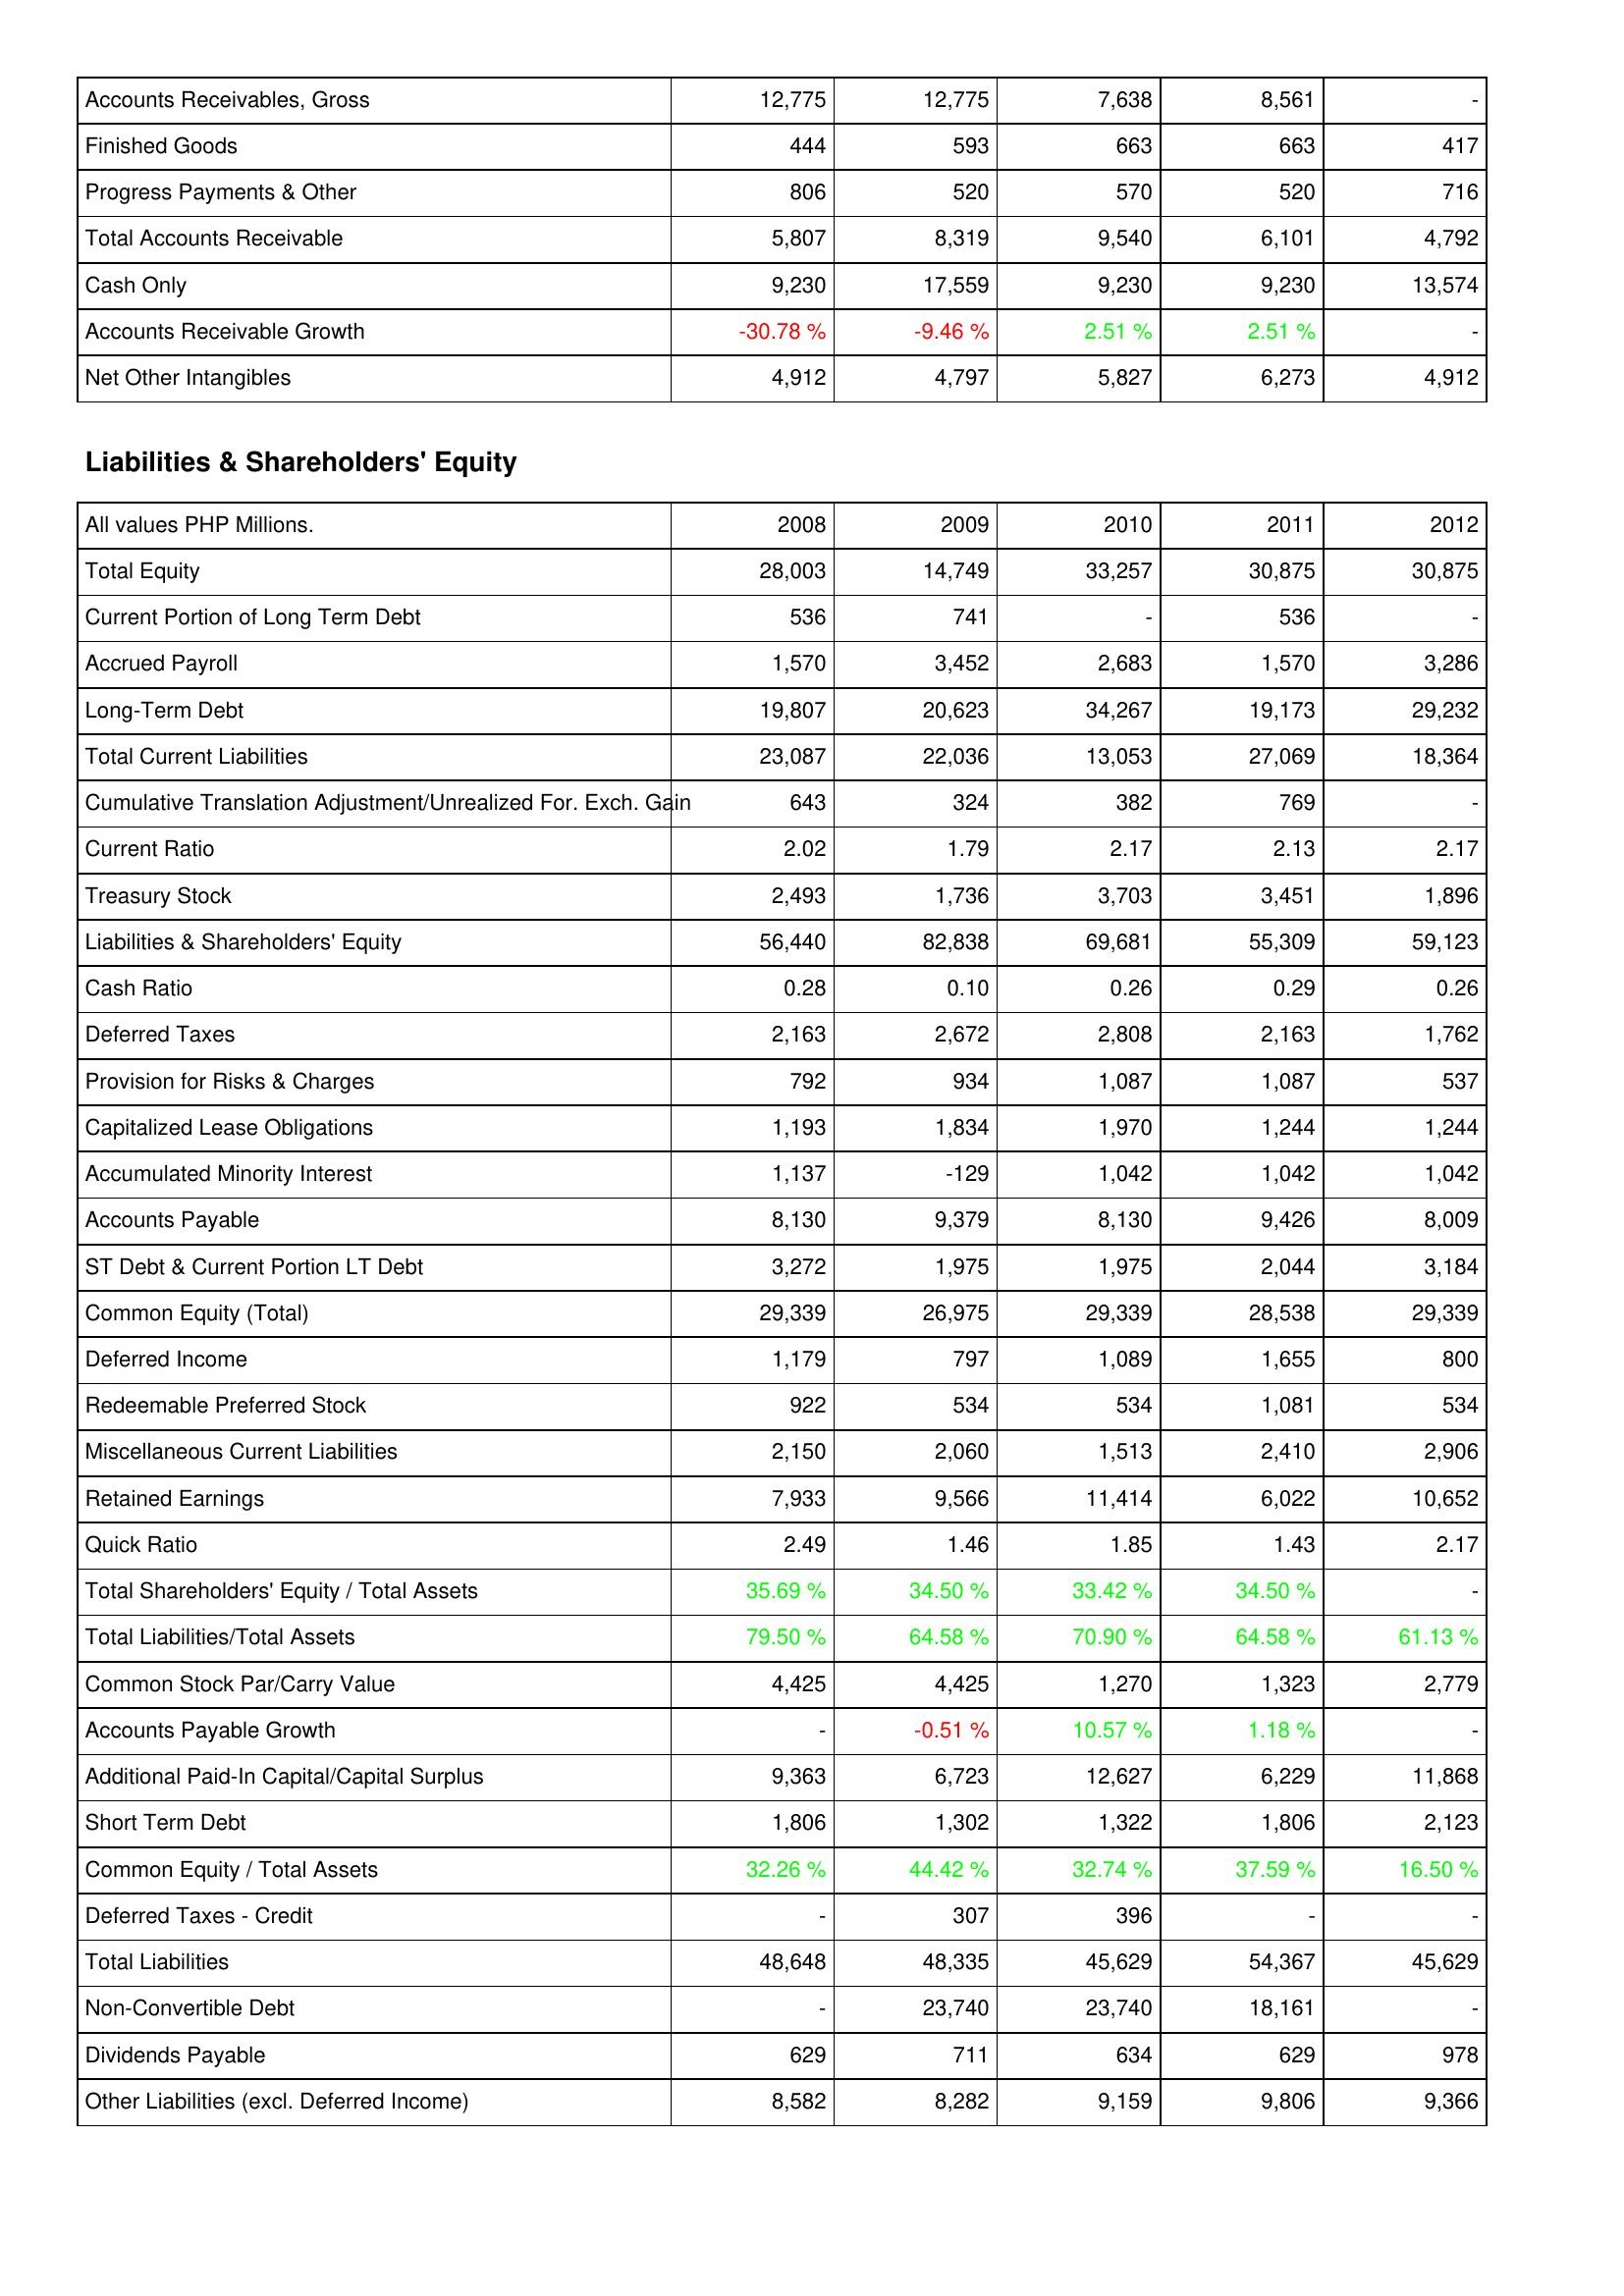
2008: Assets: Accounts Receivables, Gross: 12,775
Finished Goods: 444
Progress Payments & Other: 806
Total Accounts Receivable: 5,807
Cash Only: 9,230
Accounts Receivable Growth: -30.78 %
Net Other Intangibles: 4,912
Liabilities & Shareholders' Equity: Total Equity: 28,003
Current Portion of Long Term Debt: 536
Accrued Payroll: 1,570
Long-Term Debt: 19,807
Total Current Liabilities: 23,087
Cumulative Translation Adjustment/Unrealized For. Exch. Gain: 643
Current Ratio: 2.02
Treasury Stock: 2,493
Liabilities & Shareholders' Equity: 56,440
Cash Ratio: 0.28
Deferred Taxes: 2,163
Provision for Risks & Charges: 792
Capitalized Lease Obligations: 1,193
Accumulated Minority Interest: 1,137
Accounts Payable: 8,130
ST Debt & Current Portion LT Debt: 3,272
Common Equity (Total): 29,339
Deferred Income: 1,179
Redeemable Preferred Stock: 922
Miscellaneous Current Liabilities: 2,150
Retained Earnings: 7,933
Quick Ratio: 2.49
Total Shareholders' Equity / Total Assets: 35.69 %
Total Liabilities/Total Assets: 79.50 %
Common Stock Par/Carry Value: 4,425
Accounts Payable Growth: -
Additional Paid-In Capital/Capital Surplus: 9,363
Short Term Debt: 1,806
Common Equity / Total Assets: 32.26 %
Deferred Taxes - Credit: -
Total Liabilities: 48,648
Non-Convertible Debt: -
Dividends Payable: 629
Other Liabilities (excl. Deferred Income): 8,582
2009: Assets: Accounts Receivables, Gross: 12,775
Finished Goods: 593
Progress Payments & Other: 520
Total Accounts Receivable: 8,319
Cash Only: 17,559
Accounts Receivable Growth: -9.46 %
Net Other Intangibles: 4,797
Liabilities & Shareholders' Equity: Total Equity: 14,749
Current Portion of Long Term Debt: 741
Accrued Payroll: 3,452
Long-Term Debt: 20,623
Total Current Liabilities: 22,036
Cumulative Translation Adjustment/Unrealized For. Exch. Gain: 324
Current Ratio: 1.79
Treasury Stock: 1,736
Liabilities & Shareholders' Equity: 82,838
Cash Ratio: 0.10
Deferred Taxes: 2,672
Provision for Risks & Charges: 934
Capitalized Lease Obligations: 1,834
Accumulated Minority Interest: -129
Accounts Payable: 9,379
ST Debt & Current Portion LT Debt: 1,975
Common Equity (Total): 26,975
Deferred Income: 797
Redeemable Preferred Stock: 534
Miscellaneous Current Liabilities: 2,060
Retained Earnings: 9,566
Quick Ratio: 1.46
Total Shareholders' Equity / Total Assets: 34.50 %
Total Liabilities/Total Assets: 64.58 %
Common Stock Par/Carry Value: 4,425
Accounts Payable Growth: -0.51 %
Additional Paid-In Capital/Capital Surplus: 6,723
Short Term Debt: 1,302
Common Equity / Total Assets: 44.42 %
Deferred Taxes - Credit: 307
Total Liabilities: 48,335
Non-Convertible Debt: 23,740
Dividends Payable: 711
Other Liabilities (excl. Deferred Income): 8,282
2010: Assets: Accounts Receivables, Gross: 7,638
Finished Goods: 663
Progress Payments & Other: 570
Total Accounts Receivable: 9,540
Cash Only: 9,230
Accounts Receivable Growth: 2.51 %
Net Other Intangibles: 5,827
Liabilities & Shareholders' Equity: Total Equity: 33,257
Current Portion of Long Term Debt: -
Accrued Payroll: 2,683
Long-Term Debt: 34,267
Total Current Liabilities: 13,053
Cumulative Translation Adjustment/Unrealized For. Exch. Gain: 382
Current Ratio: 2.17
Treasury Stock: 3,703
Liabilities & Shareholders' Equity: 69,681
Cash Ratio: 0.26
Deferred Taxes: 2,808
Provision for Risks & Charges: 1,087
Capitalized Lease Obligations: 1,970
Accumulated Minority Interest: 1,042
Accounts Payable: 8,130
ST Debt & Current Portion LT Debt: 1,975
Common Equity (Total): 29,339
Deferred Income: 1,089
Redeemable Preferred Stock: 534
Miscellaneous Current Liabilities: 1,513
Retained Earnings: 11,414
Quick Ratio: 1.85
Total Shareholders' Equity / Total Assets: 33.42 %
Total Liabilities/Total Assets: 70.90 %
Common Stock Par/Carry Value: 1,270
Accounts Payable Growth: 10.57 %
Additional Paid-In Capital/Capital Surplus: 12,627
Short Term Debt: 1,322
Common Equity / Total Assets: 32.74 %
Deferred Taxes - Credit: 396
Total Liabilities: 45,629
Non-Convertible Debt: 23,740
Dividends Payable: 634
Other Liabilities (excl. Deferred Income): 9,159
2011: Assets: Accounts Receivables, Gross: 8,561
Finished Goods: 663
Progress Payments & Other: 520
Total Accounts Receivable: 6,101
Cash Only: 9,230
Accounts Receivable Growth: 2.51 %
Net Other Intangibles: 6,273
Liabilities & Shareholders' Equity: Total Equity: 30,875
Current Portion of Long Term Debt: 536
Accrued Payroll: 1,570
Long-Term Debt: 19,173
Total Current Liabilities: 27,069
Cumulative Translation Adjustment/Unrealized For. Exch. Gain: 769
Current Ratio: 2.13
Treasury Stock: 3,451
Liabilities & Shareholders' Equity: 55,309
Cash Ratio: 0.29
Deferred Taxes: 2,163
Provision for Risks & Charges: 1,087
Capitalized Lease Obligations: 1,244
Accumulated Minority Interest: 1,042
Accounts Payable: 9,426
ST Debt & Current Portion LT Debt: 2,044
Common Equity (Total): 28,538
Deferred Income: 1,655
Redeemable Preferred Stock: 1,081
Miscellaneous Current Liabilities: 2,410
Retained Earnings: 6,022
Quick Ratio: 1.43
Total Shareholders' Equity / Total Assets: 34.50 %
Total Liabilities/Total Assets: 64.58 %
Common Stock Par/Carry Value: 1,323
Accounts Payable Growth: 1.18 %
Additional Paid-In Capital/Capital Surplus: 6,229
Short Term Debt: 1,806
Common Equity / Total Assets: 37.59 %
Deferred Taxes - Credit: -
Total Liabilities: 54,367
Non-Convertible Debt: 18,161
Dividends Payable: 629
Other Liabilities (excl. Deferred Income): 9,806
2012: Assets: Accounts Receivables, Gross: -
Finished Goods: 417
Progress Payments & Other: 716
Total Accounts Receivable: 4,792
Cash Only: 13,574
Accounts Receivable Growth: -
Net Other Intangibles: 4,912
Liabilities & Shareholders' Equity: Total Equity: 30,875
Current Portion of Long Term Debt: -
Accrued Payroll: 3,286
Long-Term Debt: 29,232
Total Current Liabilities: 18,364
Cumulative Translation Adjustment/Unrealized For. Exch. Gain: -
Current Ratio: 2.17
Treasury Stock: 1,896
Liabilities & Shareholders' Equity: 59,123
Cash Ratio: 0.26
Deferred Taxes: 1,762
Provision for Risks & Charges: 537
Capitalized Lease Obligations: 1,244
Accumulated Minority Interest: 1,042
Accounts Payable: 8,009
ST Debt & Current Portion LT Debt: 3,184
Common Equity (Total): 29,339
Deferred Income: 800
Redeemable Preferred Stock: 534
Miscellaneous Current Liabilities: 2,906
Retained Earnings: 10,652
Quick Ratio: 2.17
Total Shareholders' Equity / Total Assets: -
Total Liabilities/Total Assets: 61.13 %
Common Stock Par/Carry Value: 2,779
Accounts Payable Growth: -
Additional Paid-In Capital/Capital Surplus: 11,868
Short Term Debt: 2,123
Common Equity / Total Assets: 16.50 %
Deferred Taxes - Credit: -
Total Liabilities: 45,629
Non-Convertible Debt: -
Dividends Payable: 978
Other Liabilities (excl. Deferred Income): 9,366